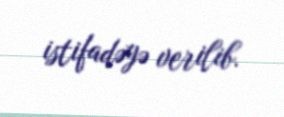
istifadəyə verilib.